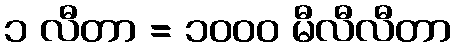
၁ လီတာ = ၁၀၀၀ မီလီလီတာ